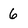
Character: 6